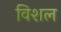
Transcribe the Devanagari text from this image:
विशल